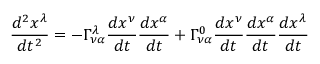
{ \frac { d ^ { 2 } x ^ { \lambda } } { d t ^ { 2 } } } = - \Gamma _ { \nu \alpha } ^ { \lambda } { \frac { d x ^ { \nu } } { d t } } { \frac { d x ^ { \alpha } } { d t } } + \Gamma _ { \nu \alpha } ^ { 0 } { \frac { d x ^ { \nu } } { d t } } { \frac { d x ^ { \alpha } } { d t } } { \frac { d x ^ { \lambda } } { d t } }